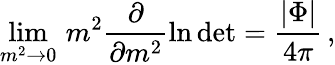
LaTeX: \operatorname*{lim}_{m^{2}\to 0}\, m^{2}\frac{\partial}{\partial m^{2}}\ln\mathrm{det}=\frac{|\Phi|}{4\pi}\, ,